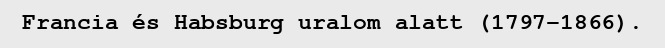
Francia és Habsburg uralom alatt (1797–1866).